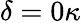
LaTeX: \delta=0\kappa